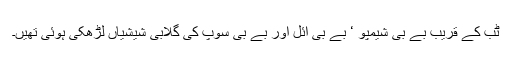
ٹب کے قریب بے بی شیمپو ‘ بے بی آئل اور بے بی سوپ کی گلابی شیشیاں لڑھکی ہوئی تھیں۔